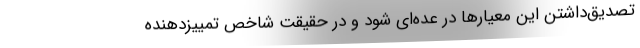
تصدیق‌داشتن این معیار‌ها در عده‌ای شود و در حقیقت شاخص تمییزدهنده